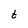
Character: t